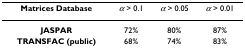
<table><thead><tr><td><b>Matrices Database</b></td><td><b><i>α </i>&gt; 0.1</b></td><td><b><i>α </i>&gt; 0.05</b></td><td><b><i>α </i>&gt; 0.01</b></td></tr></thead><tbody><tr><td><b>JASPAR</b></td><td>72%</td><td>80%</td><td>87%</td></tr><tr><td><b>TRANSFAC (public)</b></td><td>68%</td><td>74%</td><td>83%</td></tr></tbody></table>